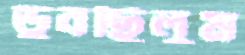
ডুবছিলুম